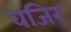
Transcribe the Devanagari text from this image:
वजिर